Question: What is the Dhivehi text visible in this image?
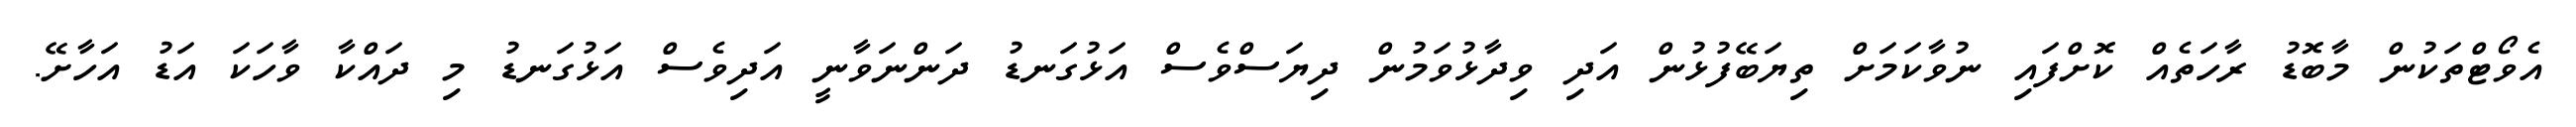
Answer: އެވޯޓްތަކުން މާބޮޑު ރާހަތެއް ކޮށްފައި ނުވާކަމަށް ތިޔަބޭފުޅުން އަދި ވިދާޅުވަމުން ދިޔަސްވެސް އަޅުގަނޑު ދަންނަވާނީ އަދިވެސް އަޅުގަނޑު މި ދައްކާ ވާހަކަ އަޑު އަހާށޭ.